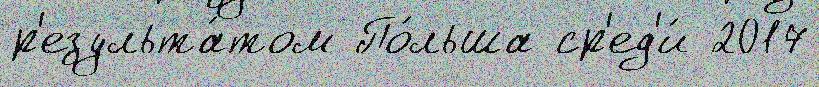
р'езульта́том По́льша ср'ед'и́ 2017